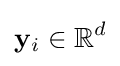
\mathbf {y} _{i}\in \mathbb {R} ^{d}